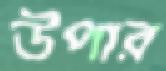
উপার